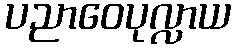
ပညာဝေပုလ္လာယ